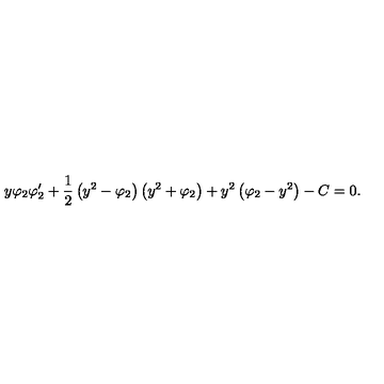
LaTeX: y \varphi _ { 2 } \varphi _ { 2 } ^ { \prime } + \frac { 1 } { 2 } \left( y ^ { 2 } - \varphi _ { 2 } \right) \left( y ^ { 2 } + \varphi _ { 2 } \right) + y ^ { 2 } \left( \varphi _ { 2 } - y ^ { 2 } \right) - C = 0 .